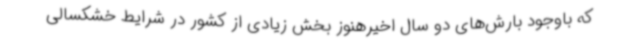
که باوجود بارش‌های دو سال اخیرهنوز بخش زیادی از کشور در شرایط خشکسالی